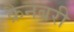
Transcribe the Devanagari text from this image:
क्रैनबरी